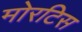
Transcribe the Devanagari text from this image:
मोरटिस